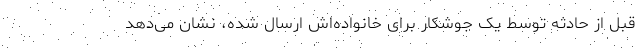
قبل از حادثه توسط یک جوشکار برای خانواده‌اش ارسال شده، نشان می‌دهد